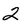
Character: 2